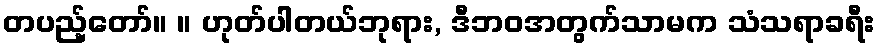
တပည့်တော်။ ။ ဟုတ်ပါတယ်ဘုရား, ဒီဘဝအတွက်သာမက သံသရာခရီး